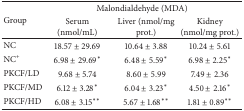
<table><thead><tr><td rowspan="2"><b>Group</b></td><td colspan="3"><b> Malondialdehyde (MDA)</b></td></tr><tr><td><b>Serum (nmol/mL)</b></td><td><b>Liver (nmol/mg prot.)</b></td><td><b>Kidney (nmol/mg prot.)</b></td></tr></thead><tbody><tr><td>NC</td><td>18.57 ± 29.69</td><td>10.64 ± 3.88</td><td>10.24 ± 5.61</td></tr><tr><td>NC<sup>+</sup></td><td>6.98 ± 29.69<sup>*</sup></td><td>6.48 ± 5.59<sup>*</sup></td><td>6.98 ± 2.25<sup>*</sup></td></tr><tr><td>PKCF/LD</td><td>9.68 ± 5.74</td><td>8.60 ± 5.99</td><td>7.49 ± 2.36</td></tr><tr><td>PKCF/MD</td><td>6.12 ± 3.28<sup>*</sup></td><td>6.04 ± 3.23<sup>*</sup></td><td>4.50 ± 2.16<sup>*</sup></td></tr><tr><td>PKCF/HD</td><td>6.08 ± 3.15<sup>**</sup></td><td>5.67 ± 1.68<sup>**</sup></td><td>1.81 ± 0.89<sup>**</sup></td></tr></tbody></table>